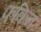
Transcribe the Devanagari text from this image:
फकिन